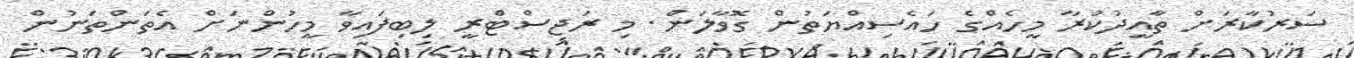
ސަރުކާރަށް ތާއީދުކުރާ މީހެއްގެ ހައެސިއްޔަތުން ގޮވާލަން. މި ރަޖިސްޓްރީ ލިބިފައިވާ މީހުންނަށް އެތަންތަނުން